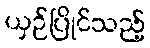
ယှဉ်ပြိုင်သည့်